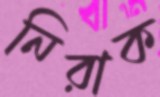
নিরাক